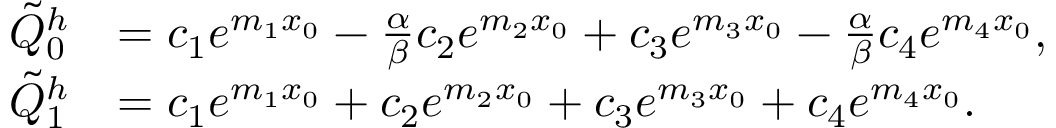
\begin{array} { r l } { \tilde { Q } _ { 0 } ^ { h } } & { = c _ { 1 } e ^ { m _ { 1 } x _ { 0 } } - \frac { \alpha } { \beta } c _ { 2 } e ^ { m _ { 2 } x _ { 0 } } + c _ { 3 } e ^ { m _ { 3 } x _ { 0 } } - \frac { \alpha } { \beta } c _ { 4 } e ^ { m _ { 4 } x _ { 0 } } , } \\ { \tilde { Q } _ { 1 } ^ { h } } & { = c _ { 1 } e ^ { m _ { 1 } x _ { 0 } } + c _ { 2 } e ^ { m _ { 2 } x _ { 0 } } + c _ { 3 } e ^ { m _ { 3 } x _ { 0 } } + c _ { 4 } e ^ { m _ { 4 } x _ { 0 } } . } \end{array}